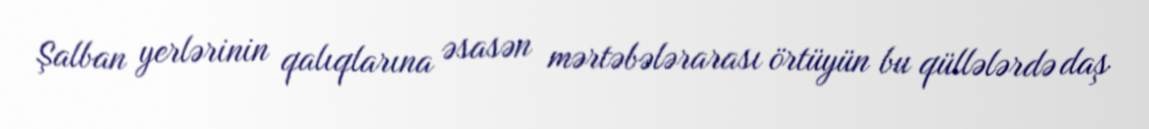
Şalban yerlərinin qalıqlarına əsasən mərtəbələrarası örtüyün bu qüllələrdə daş